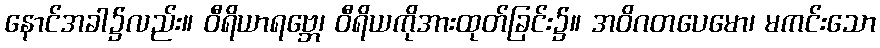
နောင်အခါ၌လည်း။ ဝီရိယာရဗ္ဘေ၊ ဝီရိယကိုအားထုတ်ခြင်း၌။ အဝိဂတပေမော၊ မကင်းသော